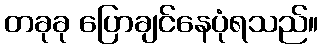
တခုခု ပြောချင်နေပုံရသည်။